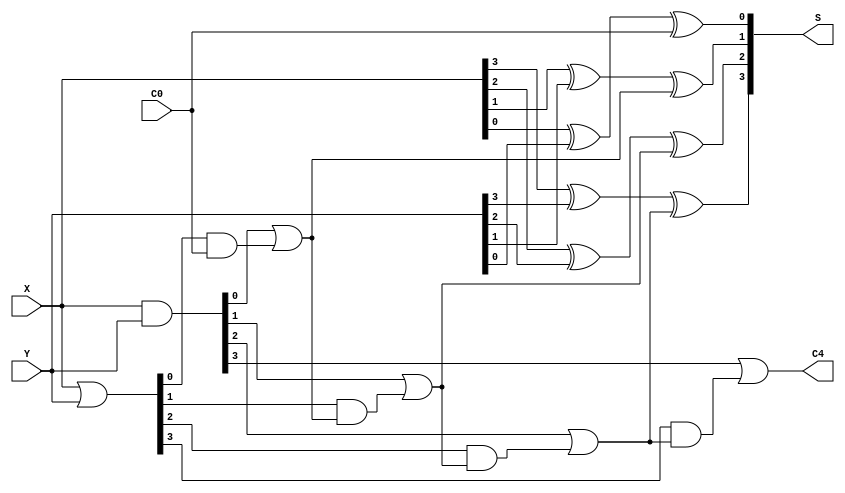
module CLA_4(X,Y,C0,S,C4);
	input [3:0]X,Y;
	input C0;
	output [3:0]S;
	output C4;
	wire [3:0] G,P;
	wire C1,C2,C3;
	assign G = X&Y;
	assign P = X|Y;
	assign C1 = G[0]|P[0]&C0;
	assign C2 = G[1]|P[1]&C1;
	assign C3 = G[2]|P[2]&C2;
	assign C4 = G[3]|P[3]&C3;
	assign S[3] = X[3]^Y[3]^C3;
	assign S[2] = X[2]^Y[2]^C2;
	assign S[1] = X[1]^Y[1]^C1;
	assign S[0] = X[0]^Y[0]^C0;
endmodule